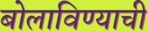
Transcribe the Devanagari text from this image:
बोलाविण्याची